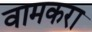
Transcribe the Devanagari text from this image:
वामकरा